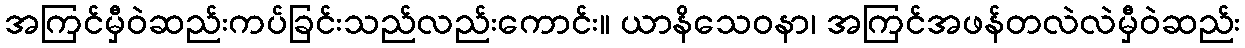
အကြင်မှီဝဲဆည်းကပ်ခြင်းသည်လည်းကောင်း။ ယာနိသေဝနာ၊ အကြင်အဖန်တလဲလဲမှီဝဲဆည်း